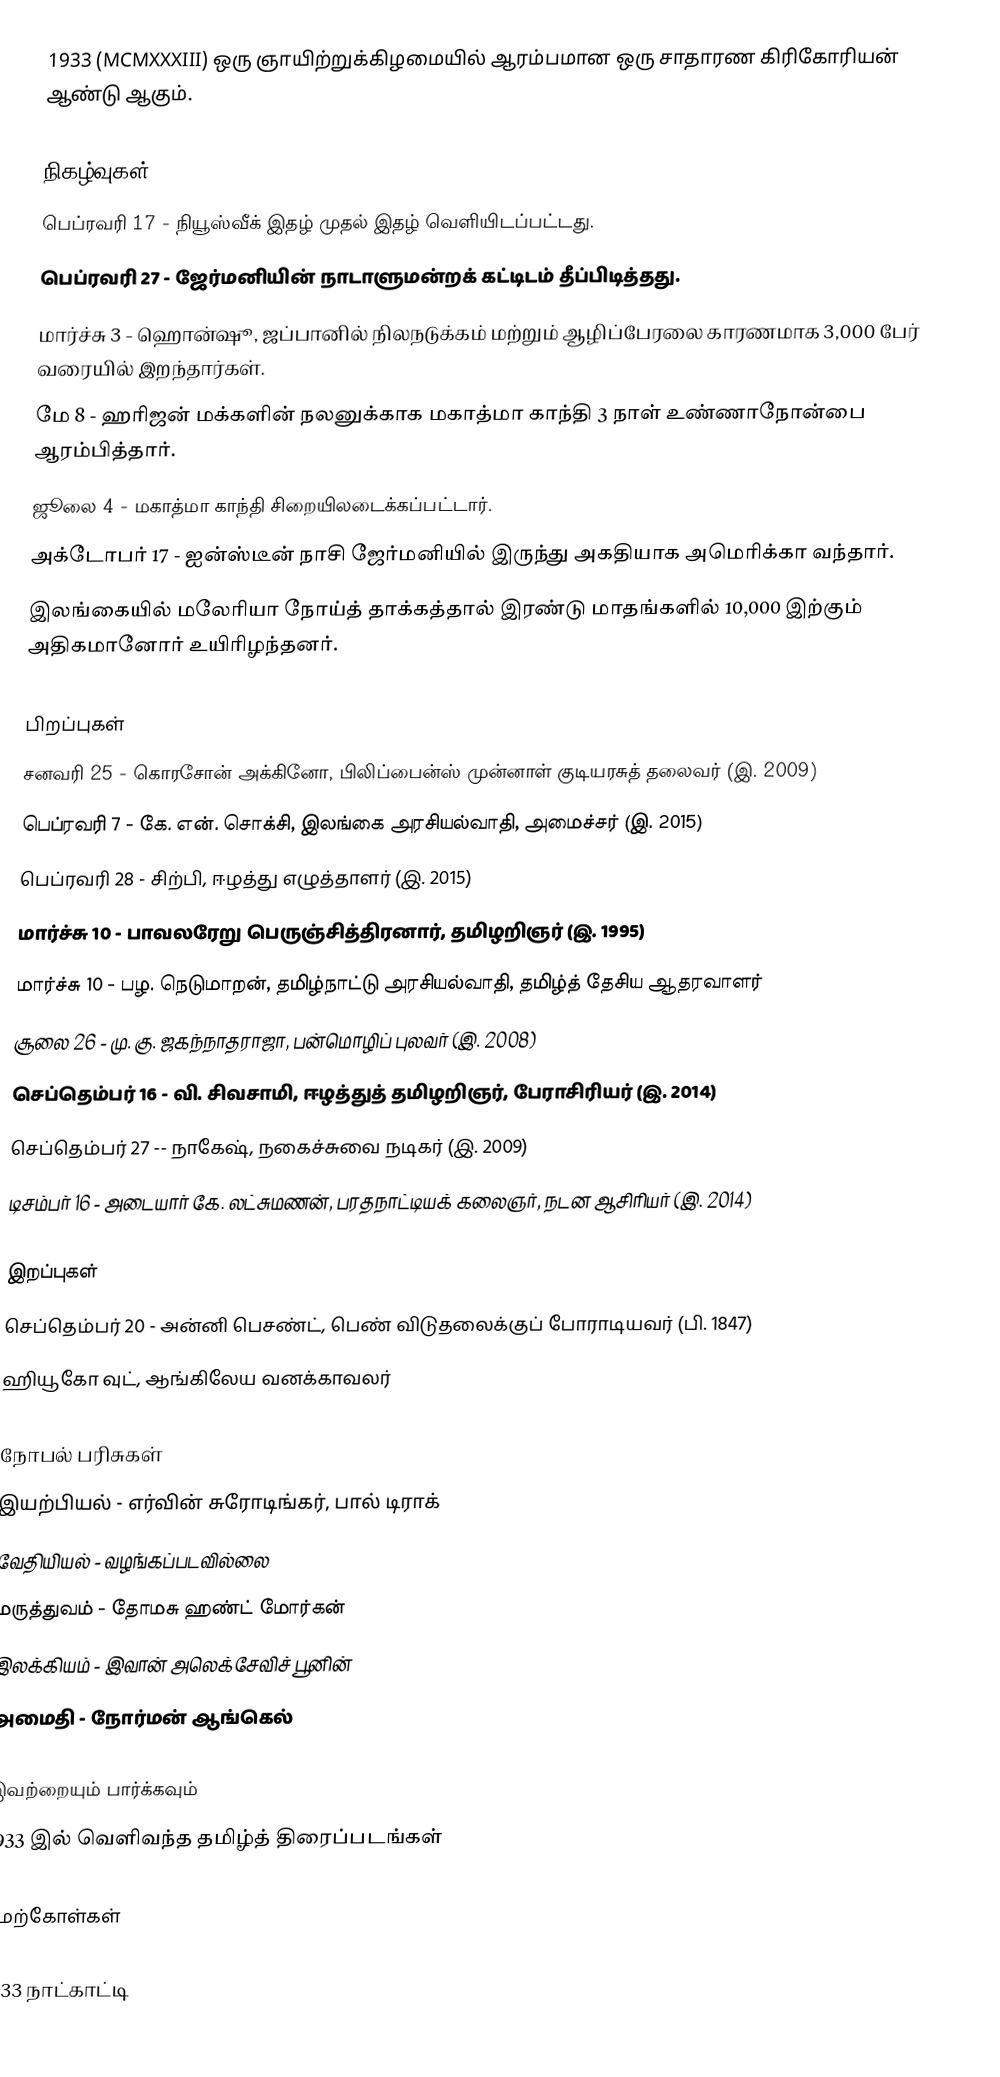
1933  (MCMXXXIII) ஒரு ஞாயிற்றுக்கிழமையில் ஆரம்பமான ஒரு சாதாரண கிரிகோரியன் ஆண்டு ஆகும்.

நிகழ்வுகள்
 பெப்ரவரி 17 - நியூஸ்வீக் இதழ் முதல் இதழ் வெளியிடப்பட்டது.
 பெப்ரவரி 27 - ஜேர்மனியின் நாடாளுமன்றக் கட்டிடம் தீப்பிடித்தது.
 மார்ச்சு 3 - ஹொன்ஷூ, ஜப்பானில் நிலநடுக்கம் மற்றும் ஆழிப்பேரலை காரணமாக 3,000 பேர் வரையில் இறந்தார்கள்.
 மே 8 - ஹரிஜன் மக்களின் நலனுக்காக மகாத்மா காந்தி 3 நாள் உண்ணாநோன்பை ஆரம்பித்தார்.
 ஜூலை 4 - மகாத்மா காந்தி சிறையிலடைக்கப்பட்டார்.
 அக்டோபர் 17 - ஐன்ஸ்டீன் நாசி ஜேர்மனியில் இருந்து அகதியாக அமெரிக்கா வந்தார்.
 இலங்கையில் மலேரியா நோய்த் தாக்கத்தால் இரண்டு மாதங்களில் 10,000 இற்கும் அதிகமானோர் உயிரிழந்தனர்.

பிறப்புகள்
 சனவரி 25 - கொரசோன் அக்கினோ, பிலிப்பைன்ஸ் முன்னாள் குடியரசுத் தலைவர் (இ. 2009)
 பெப்ரவரி 7 - கே. என். சொக்சி, இலங்கை அரசியல்வாதி, அமைச்சர் (இ. 2015)
 பெப்ரவரி 28 - சிற்பி, ஈழத்து எழுத்தாளர் (இ. 2015)
 மார்ச்சு 10 - பாவலரேறு பெருஞ்சித்திரனார், தமிழறிஞர் (இ. 1995)
 மார்ச்சு 10 - பழ. நெடுமாறன், தமிழ்நாட்டு அரசியல்வாதி, தமிழ்த் தேசிய ஆதரவாளர்
 சூலை 26 - மு. கு. ஜகந்நாதராஜா, பன்மொழிப் புலவர் (இ. 2008)
 செப்தெம்பர் 16 - வி. சிவசாமி, ஈழத்துத் தமிழறிஞர், பேராசிரியர் (இ. 2014)
 செப்தெம்பர் 27 -- நாகேஷ், நகைச்சுவை நடிகர் (இ. 2009)
 டிசம்பர் 16 - அடையார் கே. லட்சுமணன், பரதநாட்டியக் கலைஞர், நடன ஆசிரியர் (இ. 2014)

இறப்புகள்
 செப்தெம்பர் 20 - அன்னி பெசண்ட், பெண் விடுதலைக்குப் போராடியவர் (பி. 1847)
 ஹியூகோ வுட், ஆங்கிலேய வனக்காவலர்

நோபல் பரிசுகள்
 இயற்பியல் - எர்வின் சுரோடிங்கர், பால் டிராக்
 வேதியியல் - வழங்கப்படவில்லை
 மருத்துவம் - தோமசு ஹண்ட் மோர்கன்
 இலக்கியம் - இவான் அலெக்சேவிச் பூனின்
 அமைதி - நோர்மன் ஆங்கெல்

இவற்றையும் பார்க்கவும்
 1933 இல் வெளிவந்த தமிழ்த் திரைப்படங்கள்

மேற்கோள்கள்

1933 நாட்காட்டி